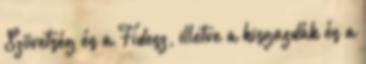
Szövetség és a Fidesz, illetve a kisgazdák és a